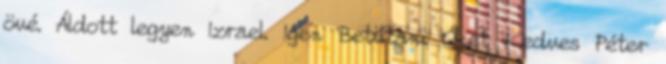
övé. Áldott legyen Izrael. Igen Betiltani Őket Kedves Péter